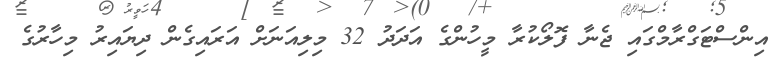
އިންސްޓަގްރާމްގައި ޖެނާ ފޮލޯކުރާ މީހުންގެ އަދަދު 32 މިލިއަނަށް އަރައިގެން ދިޔައިރު މިހާރުގެ